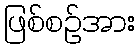
ဖြစ်စဉ်အား